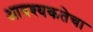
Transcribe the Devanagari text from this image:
आवश्‍यकतेचा